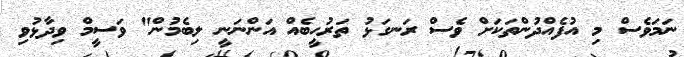
ނަމަވެސް މި އުފެއްދުންތަކަށް ވެސް ރަނގަޅު ތަރުހީބެއް އަންނަނީ ލިބެމުން" ވަސީމް ވިދާޅުވި